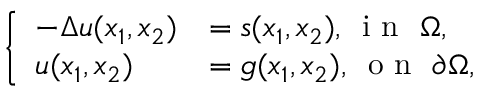
\left\{ \begin{array} { l l } { - \Delta u ( x _ { 1 } , x _ { 2 } ) } & { = s ( x _ { 1 } , x _ { 2 } ) , \, \mathrm { ~ i ~ n ~ } \, \, \Omega , } \\ { u ( x _ { 1 } , x _ { 2 } ) } & { = g ( x _ { 1 } , x _ { 2 } ) , \, \mathrm { ~ o ~ n ~ } \, \, \partial \Omega , } \end{array} \right.